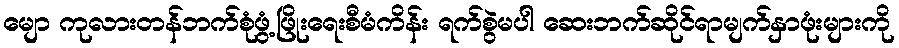
မျော ကုလားတန်ဘက်စုံဖွံ့ဖြိုးရေးစီမံကိန်း ရက်စွဲမပါ ဆေးဘက်ဆိုင်ရာမျက်နှာဖုံးများကို